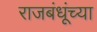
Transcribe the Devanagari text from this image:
राजबंधूंच्या